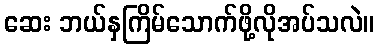
ဆေး ဘယ်နှကြိမ်သောက်ဖို့လိုအပ်သလဲ။